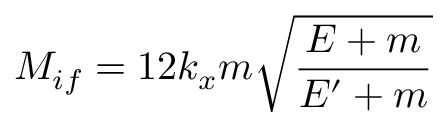
{ \cal { M } } _ { i f } = 1 2 k _ { x } m \sqrt { \frac { E + m } { E ^ { \prime } + m } }